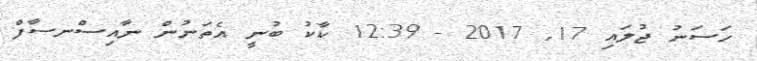
ހަސަނު ޖުލައި 17